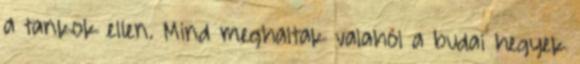
a tankok ellen. Mind meghaltak valahol a budai hegyek